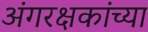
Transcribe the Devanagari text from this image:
अंगरक्षकांच्या